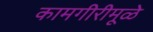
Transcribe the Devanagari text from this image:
कामगीरीमूळे